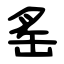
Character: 䍃